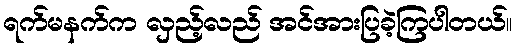
ရက်မနက်က လှည့်လည် အင်အားပြခဲ့ကြပါတယ်။